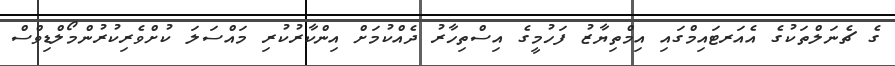
ގެ ޗެނަލްތަކުގެ އެއަރޓައިމްގައި އިމްތިޔާޒު ފަހުމީގެ އިސްތިހާރު ދެއްކުމަށް އިންކާރުކުރި މައްސަލަ ކުށްވެރިކުރުންމޯލްޑިވްސް